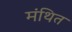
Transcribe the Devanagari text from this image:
मंथित